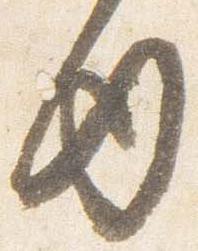
内